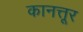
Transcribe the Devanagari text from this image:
कानत्तूर